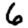
Digit: 6